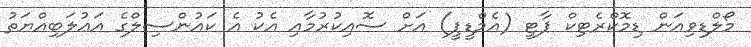
މޯލްޑިވިއަން ޑިމޮކްރެޓިކް ޕާޓީ (އެމްޑީޕީ) އަށް ސޮއިކުރުމާއި އެކު އެ ކައުންސިލްގެ އަޢުލަބިއްޔަތު